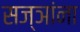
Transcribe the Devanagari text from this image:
सज्ञांना